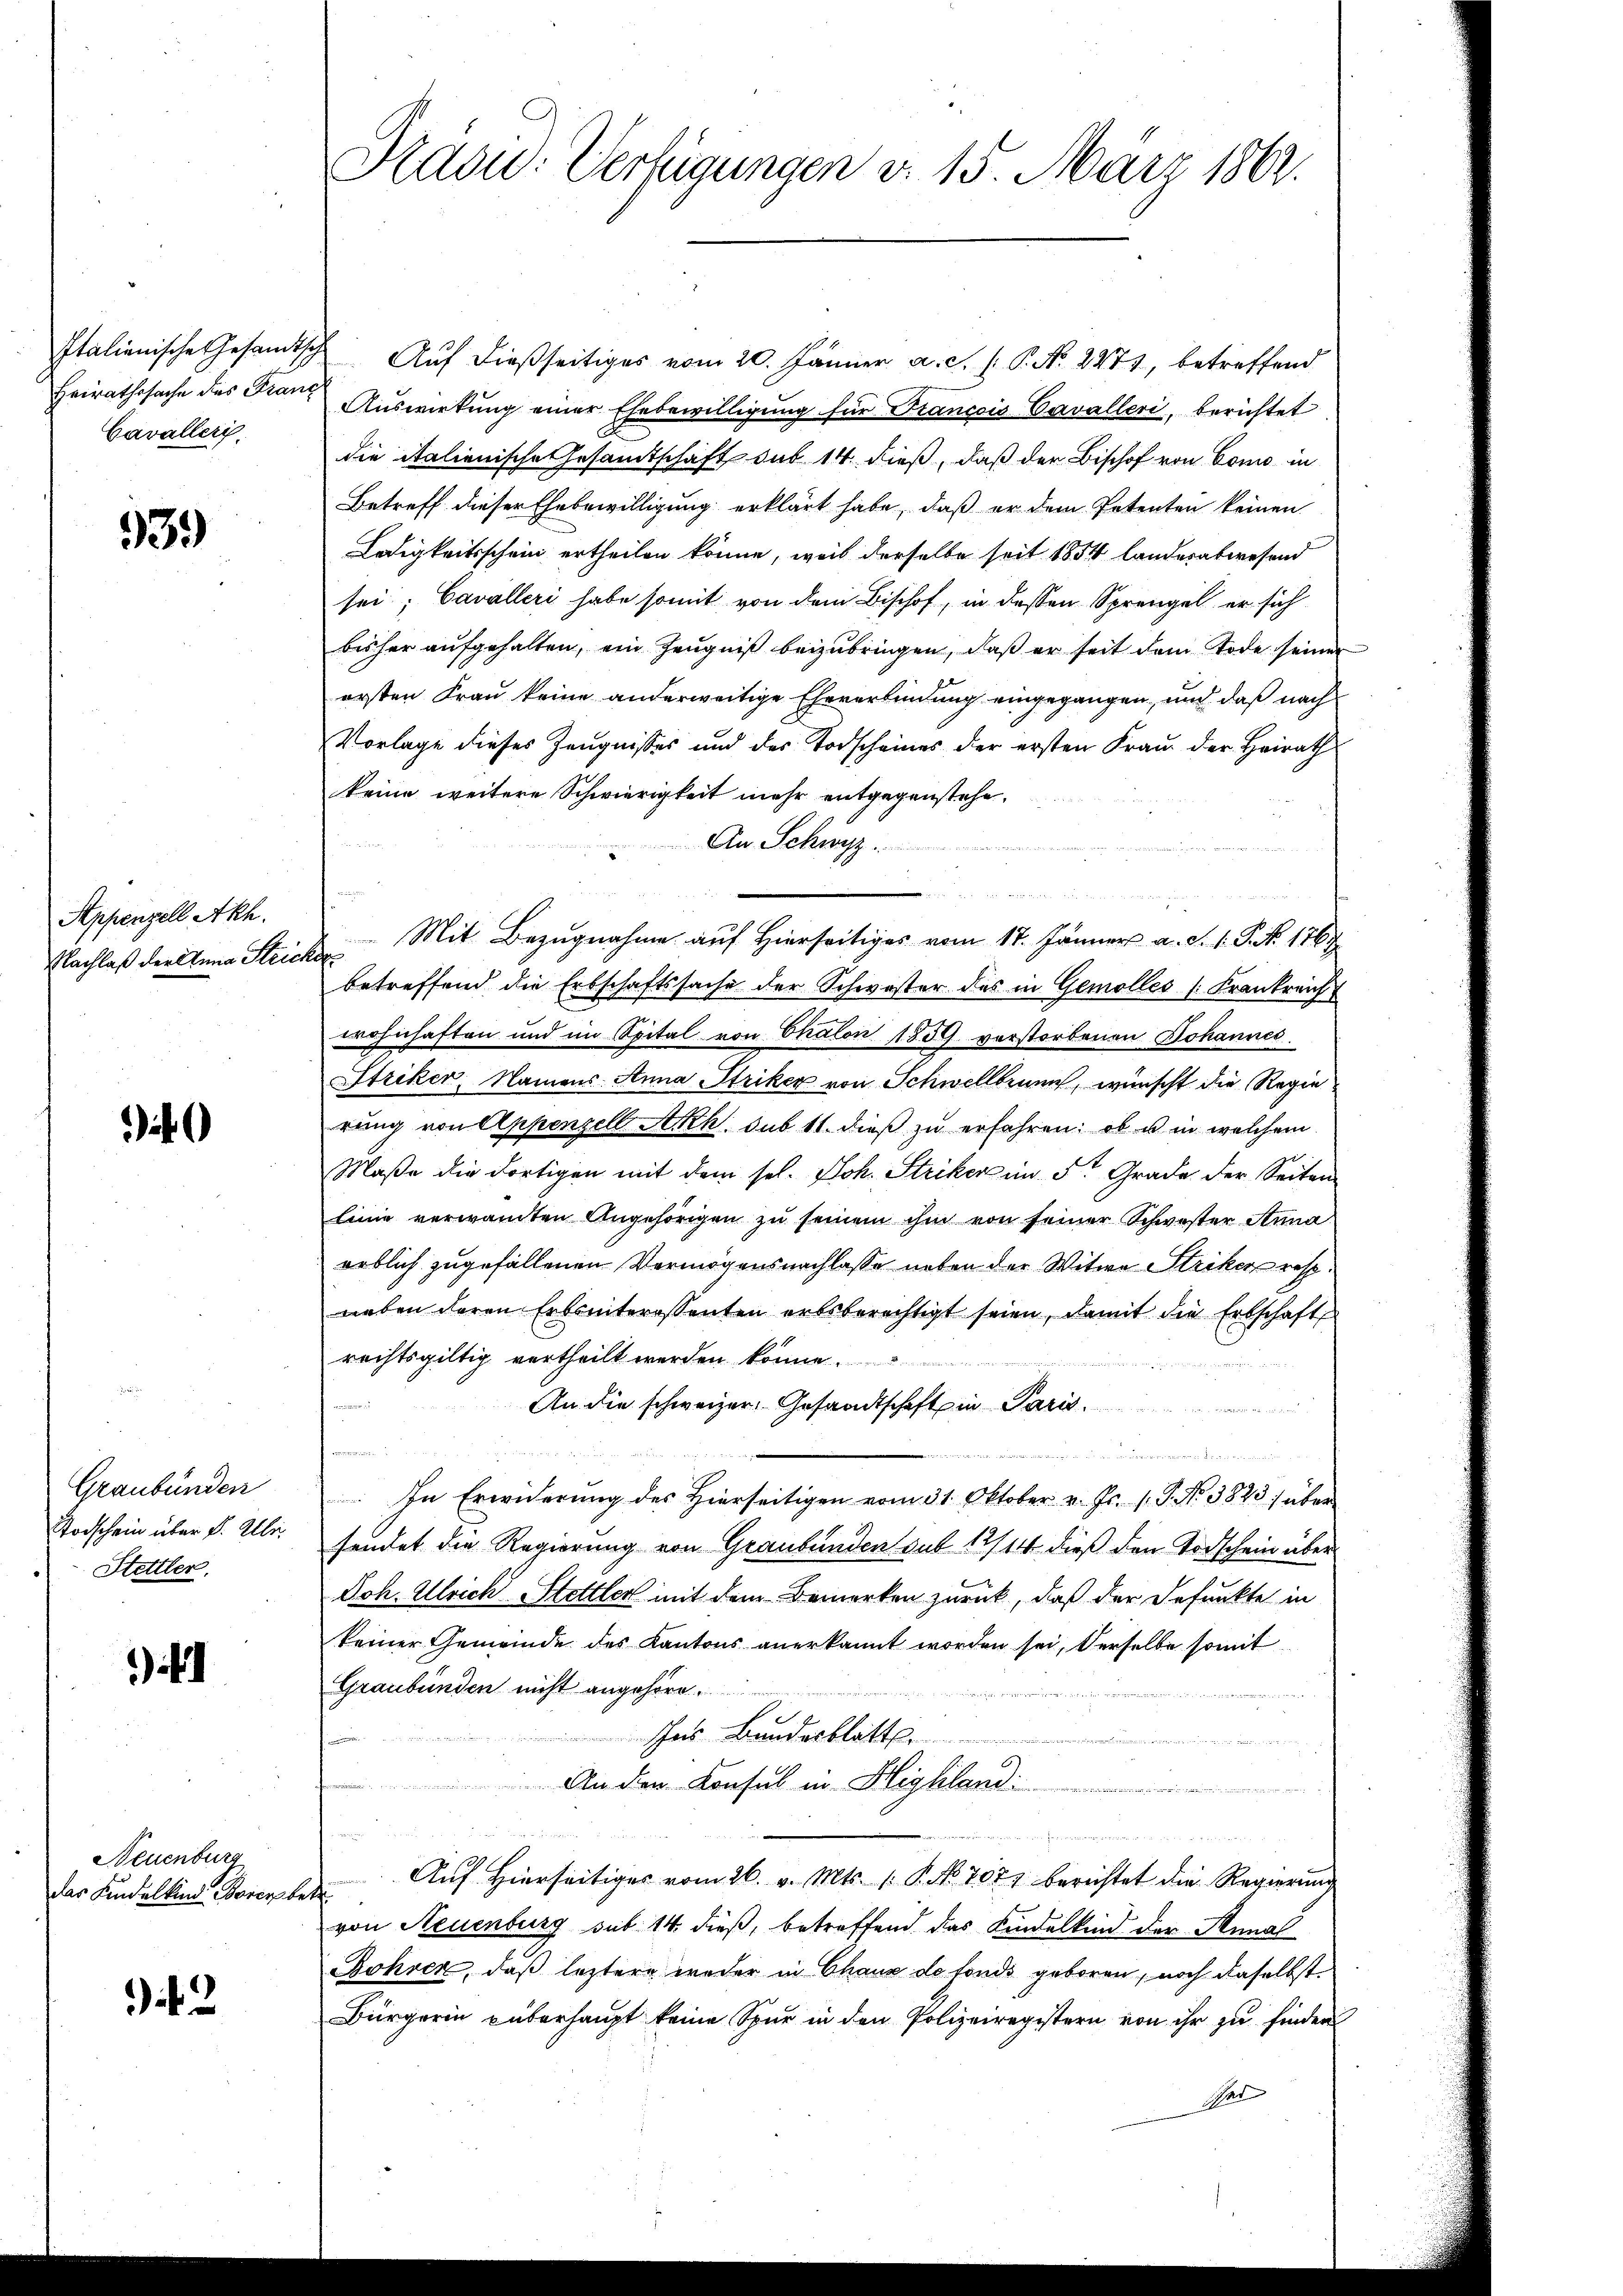
Italienische Gesandtsch
Heirathssache des Franz
Cavalleri

539)

Appenzell Akh.
Nachlaß der Anna Streic

i

Graubünden
Todschein über P. Ulri
Stettler.

) 1

Neuenburg
das Kindelkind Borerbe

Mad: Verfügungen d. 15. März 1862.

Auf dießseitiges vom 20. Jänner a. c. l. P. No. 2471, betreffend
Auswirkung einer Ehebewilligung für Francois Cavalleri, berichtet
die italienische Gesandtschaft sub 14. dieß, daß der Bischof von Como in
Betreff dieser Ehebewilligung erklärt habe, daß er dem Petenten keinen
Ledigkeitsschein ertheilen könne, weil derselbe seit 1854 landesabwesend
sei; Cavalleri habe somit von dem Bischof, in dessen Sprengel er sich
bisher aufgehalten, ein Zeugniß beizubringen, daß er seit dem Tode seiner
ersten Frau keine anderweitige Eheverbindung eingegangen, und daß nach
Vorlage dieses Zeugnisses und des Todscheines der ersten Frau der Heirath
keine weitere Schwierigkeit mehr entgegenstehe.
An Schwyz.
Mit Bezugnahme auf Hierseitiges vom 17. Jänner a. S. 1. P. Nr. 1767
s
betreffend die Erbschaftssache der Schwester des in Gemolles (Frankreich
wohnhaften und im Spital von Chalon 1859 verstorbenen Johannes
Striker, Namens Anna Striker von Schwellbrunn, wünscht die Regierung von Appenzell Akk. sub 11. dieβ zŭ erfahren: ob u in welchem
Maße die dortigen mit dem sel. Joh. Striker im 5ten Grade der Seiten
linie verwandten Angehörigen zu seinem ihm von seiner Schwester Anna
erblich zugefallenen Vermögensnachlasse neben der Witwe Striken resp.
neben deren Erbsinteressenten erbsberechtigt seien, damit die Erbschaft
rechtsgültig vertheilt werden könne.

An die schweizer, Gesandtschaft in Paris.

  in den den in
In Erwiderung des Hierseitigen vom 31. Oktober v. Js. 1. P. No 3823 / über
sendet die Regierung von Graubünden sub 12/14 dieß den Todschein über
Joh. Ulrich Hettler mit dem Bemerken zurück, daß der Befunkte in
keiner Gemeinde des Kantons anerkannt worden sei, derselbe somit
Graubünden nicht angehöre.
es Bundesblätte.
An den Konsul in Highlandi
n
n

Auf Hierseitiges vom 26. v. Mts. (: P. No. 7071 berichtet die Regierung
f
von Neuenburg sub 14 dieß, betreffend das Kindelkind der Annal
Röhren, daß letztere weder in Chaux de fonds geboren, noch daselbst
Bürgerin überhaupt keine Spur in den Polizeiregistern von ihr zu finder
Rat